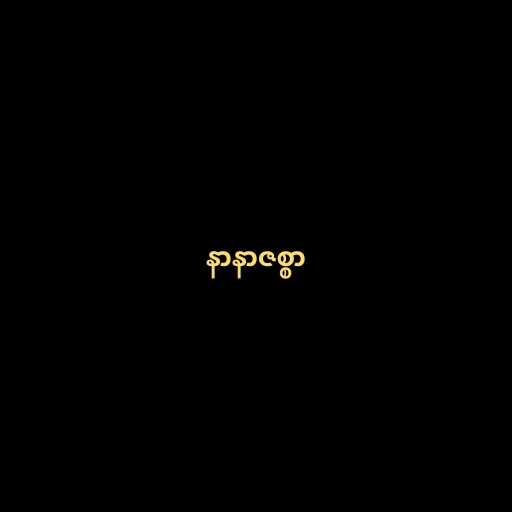
နာနာဇစ္စာ